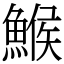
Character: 鯸